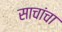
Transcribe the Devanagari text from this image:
साचांचा